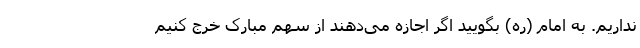
نداریم. به امام (ره) بگویید اگر اجازه می‌دهند از سهم مبارک خرج کنیم